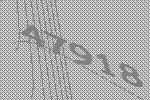
47918